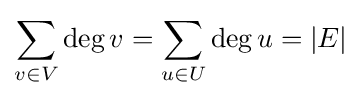
\sum _{v\in V}\deg v=\sum _{u\in U}\deg u=|E|